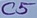
Text: C5